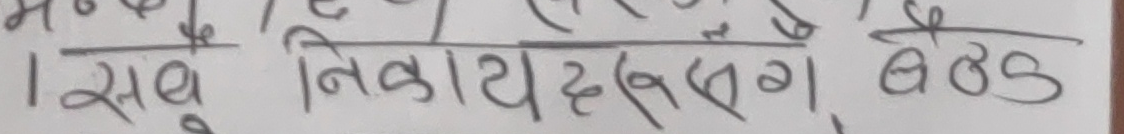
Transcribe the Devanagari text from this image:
। सबै निकायहरुसंग बैठक